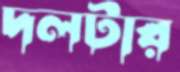
দলটার